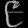
Digit: ၉